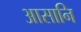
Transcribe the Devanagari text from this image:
आसानि